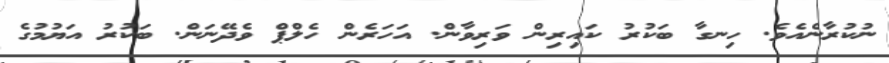
ނުކުރާނެއެވެ. ހިނގާ ބަކުރު ކައިރިން ވަރިވާން. އަހަރެން ހެލްޕް ވެދޭނަން. ބަކުރު އަޔުމުގެ